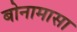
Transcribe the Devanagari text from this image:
बोनामासा